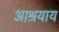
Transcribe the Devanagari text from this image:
आश्रयाय